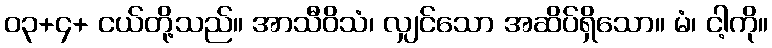
၀၃+၄+ ငယ်တို့သည်။ အာသီဝိသံ၊ လျှင်သော အဆိပ်ရှိသော။ မံ၊ ငါ့ကို။